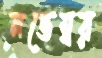
নভেম্বর